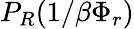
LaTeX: P_{R}(1/\beta\Phi_{r})